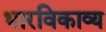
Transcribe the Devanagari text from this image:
भारविकाव्य